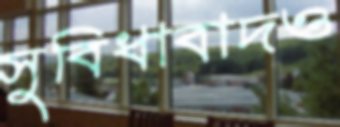
সুবিধাবাদও